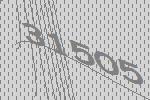
31505